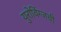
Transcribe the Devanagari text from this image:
युरोविंग्जची